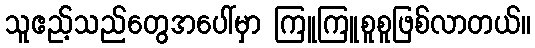
သူဧည့်သည်တွေအပေါ်မှာ ကြူကြူစူစူဖြစ်လာတယ်။